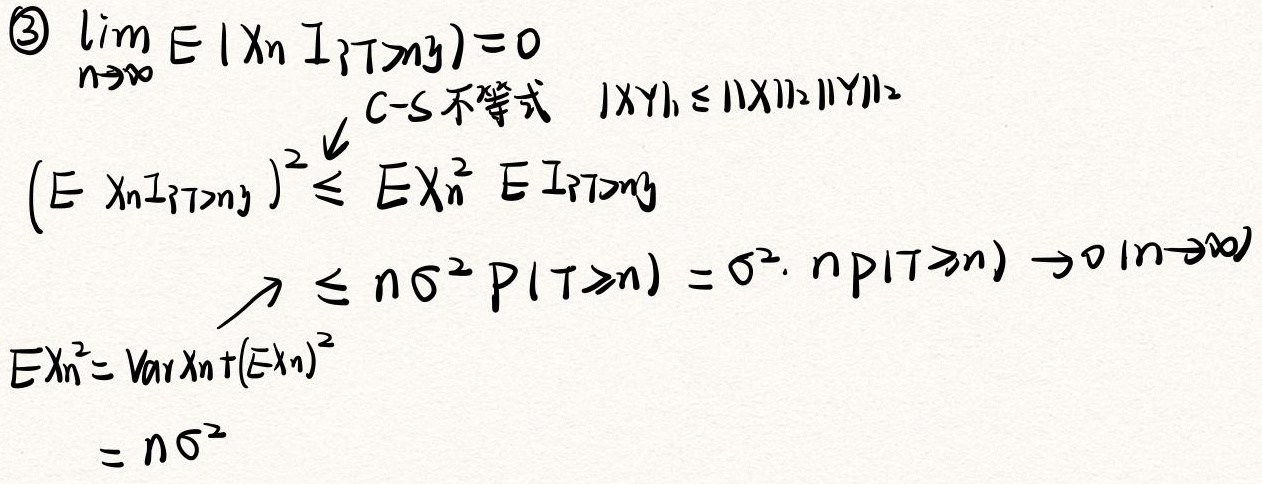
\begin{align*}
&\textcircled{3}\lim_{n\to\infty} E|X_n I_{\{T\geq n\}}| = 0\\
&\quad\quad\quad\quad\quad\quad\quad\quad C - S\text{不等式}\quad|XY|_1\leq||X||_2||Y||_2\\
&(E X_nI_{\{T\geq n\}})^2\leq E X_n^2 E I_{\{T\geq n\}}\\
&\quad\quad\quad\quad\quad\quad\quad\quad\quad\quad\quad\quad\quad\quad\quad\quad\quad\quad\quad\quad\quad\quad\quad\quad\quad\quad\quad\quad\quad\quad\quad\quad\quad\quad\quad\quad\quad\quad\quad\quad\quad\quad\quad\quad\quad\quad\quad\quad\quad\quad\quad\quad\quad\quad\quad\quad\quad\quad\quad\quad\quad\quad\quad\quad\quad\quad\quad\quad\quad\quad\quad\quad\quad\quad\quad\quad\quad\quad\quad\quad\quad\quad\quad\quad\quad\quad\quad\quad\quad\quad\quad\quad\quad\quad\quad\quad\quad\quad\quad\quad\quad\quad\quad\quad\quad\quad\quad\quad\quad\quad\quad\quad\quad\quad\quad\quad\quad\quad\quad\quad\quad\quad\quad\quad\quad\quad\quad\quad\quad\quad\quad\quad\quad\quad\quad\quad\quad\quad\quad\quad\quad\quad\quad\quad\quad\quad\quad\quad\quad\quad\quad\quad\quad\quad\quad\quad\quad\quad\quad\quad\quad\quad\quad\quad\quad\quad\quad\quad\quad\quad\quad\quad\quad\quad\quad\quad\quad\quad\quad\quad\quad\quad\quad\quad\quad\quad\quad\quad\quad\quad\quad\quad\quad\quad\quad\quad\quad\quad\quad\quad\quad\quad\quad\quad\quad\quad\quad\quad\quad\quad\quad\quad\quad\quad\quad\quad\quad\quad\quad\quad\quad\quad\quad\quad\quad\quad\quad\quad\quad\quad\quad\quad\quad\quad\quad\quad\quad\quad\quad\quad\quad\quad\quad\quad\quad\quad\quad\quad\quad\quad\quad\quad\quad\quad\quad\quad\quad\quad\quad\quad\quad\quad\quad\quad\quad\quad\quad\quad\quad\quad\quad\quad\quad\quad\quad\quad\quad\quad\quad\quad\quad\quad\quad\quad\quad\quad\quad\quad\quad\quad\quad\quad\quad\quad\quad\quad\quad\quad\quad\quad\quad\quad\quad\quad\quad\quad\quad\quad\quad\quad\quad\quad\quad\quad\quad\quad\quad\quad\quad\quad\quad\quad\quad\quad\quad\quad\quad\quad\quad\quad\quad\quad\quad\quad\quad\quad\quad\quad\quad\quad\quad\quad\quad\quad\quad\quad\quad\quad\quad\quad\quad\quad\quad\quad\quad\quad\quad\quad\quad\quad\quad\quad\quad\quad\quad\quad\quad\quad\quad\quad\quad\quad\quad\quad\quad\quad\quad\quad\quad\quad\quad\quad\quad\quad\quad\quad\quad\quad\quad\quad\quad\quad\quad\quad\quad\quad\quad\quad\quad\quad\quad\quad\quad\quad\quad\quad\quad\quad\quad\quad\quad\quad\quad\quad\quad\quad\quad\quad\quad\quad\quad\quad\quad\quad\quad\quad\quad\quad\quad\quad\quad\quad\quad\quad\quad\quad\quad\quad\quad\quad\quad\quad\quad\quad\quad\quad\quad\quad\quad\quad\quad\quad\quad\quad\quad\quad\quad\quad\quad\quad\quad\quad\quad\quad\quad\quad\quad\quad\quad\quad\quad\quad\quad\quad\quad\quad\quad\quad\quad\quad\quad\quad\quad\quad\quad\quad\quad\quad\quad\quad\quad\quad\quad\quad\quad\quad\quad\quad\quad\quad\quad\quad\quad\quad\quad\quad\quad\quad\quad\quad\quad\quad\quad\quad\quad\quad\quad\quad\quad\quad\quad\quad\quad\quad\quad\quad\quad\quad\quad\quad\quad\quad\quad\quad\quad\quad\quad\quad\quad\quad\quad\quad\quad\quad\quad\quad\quad\quad\quad\quad\quad\quad\quad\quad\quad\quad\quad\quad\quad\quad\quad\quad\quad\quad\quad\quad\quad\quad\quad\quad\quad\quad\quad\quad\quad\quad\quad\quad\quad\quad\quad\quad\quad\quad\quad\quad\quad\quad\quad\quad\quad\quad\quad\quad\quad\quad\quad\quad\quad\quad\quad\quad\quad\quad\quad\quad\quad\quad\quad\quad\quad\quad\quad\quad\quad\quad\quad\quad\quad\quad\quad\quad\quad\quad\quad\quad\quad\quad\quad\quad\quad\quad\quad\quad\quad\quad\quad\quad\quad\quad\quad\quad\quad\quad\quad\quad\quad\quad\quad\quad\quad\quad\quad\quad\quad\quad\quad\quad\quad\quad\quad\quad\quad\quad\quad\quad\quad\quad\quad\quad\quad\quad\quad\quad\quad\quad\quad\quad\quad\quad\quad\quad\quad\quad\quad\quad\quad\quad\quad\quad\quad\quad\quad\quad\quad\quad\quad\quad\quad\quad\quad\quad\quad\quad\quad\quad\quad\quad\quad\quad\quad\quad\quad\quad\quad\quad\quad\quad\quad\quad\quad\quad\quad\quad\quad\quad\quad\quad\quad\quad\quad\quad\quad\quad\quad\quad\quad\quad\quad\quad\quad\quad\quad\quad\quad\quad\quad\quad\quad\quad\quad\quad\quad\quad\quad\quad\quad\quad\quad\quad\quad\quad\quad\quad\quad\quad\quad\quad\quad\quad\quad\quad\quad\quad\quad\quad\quad\quad\quad\quad\quad\quad\quad\quad\quad\quad\quad\quad\quad\quad\quad\quad\quad\quad\quad\quad\quad\quad\quad\quad\quad\quad\quad\quad\quad\quad\quad\quad\quad\quad\quad\quad\quad\quad\quad\quad\quad\quad\quad\quad\quad\quad\quad\quad\quad\quad\quad\quad\quad\quad\quad\quad\quad\quad\quad\quad\quad\quad\quad\quad\quad\quad\quad\quad\quad\quad\quad\quad\quad\quad\quad\quad\quad\quad\quad\quad\quad\quad\quad\quad\quad\quad\quad\quad\quad\quad\quad\quad\quad\quad\quad\quad\quad\quad\quad\quad\quad\quad\quad\quad\quad\quad\quad\quad\quad\quad\quad\quad\quad\quad\quad\quad\quad\quad\quad\quad\quad\quad\quad\quad\quad\quad\quad\quad\quad\quad\quad\quad\quad\quad\quad\quad\quad\quad\quad\quad\quad\quad\quad\quad\quad\quad\quad\quad\quad\quad\quad\quad\quad\quad\quad\quad\quad\quad\quad\quad\quad\quad\quad\quad\quad\quad\quad\quad\quad\quad\quad\quad\quad\quad\quad\quad\quad\quad\quad\quad\quad\quad\quad\quad\quad\quad\quad\quad\quad\quad\quad\quad\quad\quad\quad\quad\quad\quad\quad\quad\quad\quad\quad\quad\quad\quad\quad\quad\quad\quad\quad\quad\quad\quad\quad\quad\quad\quad\quad\quad\quad\quad\quad\quad\quad\quad\quad\quad\quad\quad\quad\quad\quad\quad\quad\quad\quad\quad\quad\quad\quad\quad\quad\quad\quad\quad\quad\quad\quad\quad\quad\quad\quad\quad\quad\quad\quad\quad\quad\quad\quad\quad\quad\quad\quad\quad\quad\quad\quad\quad\quad\quad\quad\quad\quad\quad\quad\quad\quad\quad\quad\quad\quad\quad\quad\quad\quad\quad\quad\quad\quad\quad\quad\quad\quad\quad\quad\quad\quad\quad\quad\quad\quad\quad\quad\quad\quad\quad\quad\quad\quad\quad\quad\quad\quad\quad\quad\quad\quad\quad\quad\quad\quad\quad\quad\quad\quad\quad\quad\quad\quad\quad\quad\quad\quad\quad\quad\quad\quad\quad\quad\quad\quad\quad\quad\quad\quad\quad\quad\quad\quad\quad\quad\quad\quad\quad\quad\quad\quad\quad\quad\quad\quad\quad\quad\quad\quad\quad\quad\quad\quad\quad\quad\quad\quad\quad\quad\quad\quad\quad\quad\quad\quad\quad\quad\quad\quad\quad\quad\quad\quad\quad\quad\quad\quad\quad\quad\quad\quad\quad\quad\quad\quad\quad\quad\quad\quad\quad\quad\quad\quad\quad\quad\quad\quad\quad\quad\quad\quad\quad\quad\quad\quad\quad\quad\quad\quad\quad\quad\quad\quad\quad\quad\quad\quad\quad\quad\quad\quad\quad\quad\quad\quad\quad\quad\quad\quad\quad\quad\quad\quad\quad\quad\quad\quad\quad\quad\quad\quad\quad\quad\quad\quad\quad\quad\quad\quad\quad\quad\quad\quad\quad\quad\quad\quad\quad\quad\quad\quad\quad\quad\quad\quad\quad\quad\quad\quad\quad\quad\quad\quad\quad\quad\quad\quad\quad\quad\quad\quad\quad\quad\quad\quad\quad\quad\quad\quad\quad\quad\quad\quad\quad\quad\quad\quad\quad\quad\quad\quad\quad\quad\quad\quad\quad\quad\quad\quad\quad\quad\quad\quad\quad\quad\quad\quad\quad\quad\quad\quad\quad\quad\quad\quad\quad\quad\quad\quad\quad\quad\quad\quad\quad\quad\quad\quad\quad\quad\quad\quad\quad\quad\quad\quad\quad\quad\quad\quad\quad\quad\quad\quad\quad\quad\quad\quad\quad\quad\quad\quad\quad\quad\quad\quad\quad\quad\quad\quad\quad\quad\quad\quad\quad\quad\quad\quad\quad\quad\quad\quad\quad\quad\quad\quad\quad\quad\quad\quad\quad\quad\quad\quad\quad\quad\quad\quad\quad\quad\quad\quad\quad\quad\quad\quad\quad\quad\quad\quad\quad\quad\quad\quad\quad\quad\quad\quad\quad\quad\quad\quad\quad\quad\quad\quad\quad\quad\quad\quad\quad\quad\quad\quad\quad\quad\quad\quad\quad\quad\quad\quad\quad\quad\quad\quad\quad\quad\quad\quad\quad\quad\quad\quad\quad\quad\quad\quad\quad\quad\quad\quad\quad\quad\quad\quad\quad\quad\quad\quad\quad\quad\quad\quad\quad\quad\quad\quad\quad\quad\quad\quad\quad\quad\quad\quad\quad\quad\quad\quad\quad\quad\quad\quad\quad\quad\quad\quad\quad\quad\quad\quad\quad\quad\quad\quad\quad\quad\quad\quad\quad\quad\quad\quad\quad\quad\quad\quad\quad\quad\quad\quad\quad\quad\quad\quad\quad\quad\quad\quad\quad\quad\quad\quad\quad\quad\quad\quad\quad\quad\quad\quad\quad\quad\quad\quad\quad\quad\quad\quad\quad\quad\quad\quad\quad\quad\quad\quad\quad\quad\quad\quad\quad\quad\quad\quad\quad\quad\quad\quad\quad\quad\quad\quad\quad\quad\quad\quad\quad\quad\quad\quad\quad\quad\quad\quad\quad\quad\quad\quad\quad\quad\quad\quad\quad\quad\quad\quad\quad\quad\quad\quad\quad\quad\quad\quad\quad\quad\quad\quad\quad\quad\quad\quad\quad\quad\quad\quad\quad\quad\quad\quad\quad\quad\quad\quad\quad\quad\quad\quad\quad\quad\quad\quad\quad\quad\quad\quad\quad\quad\quad\quad\quad\quad\quad\quad\quad\quad\quad\quad\quad\quad\quad\quad\quad\quad\quad\quad\quad\quad\quad\quad\quad\quad\quad\quad\quad\quad\quad\quad\quad\quad\quad\quad\quad\quad\quad\quad\quad\quad\quad\quad\quad\quad\quad\quad\quad\quad\quad\quad\quad\quad\quad\quad\quad\quad\quad\quad\quad\quad\quad\quad\quad\quad\quad\quad\quad\quad\quad\quad\quad\quad\quad\quad\quad\quad\quad\quad\quad\quad\quad\quad\quad\quad\quad\quad\quad\quad\quad\quad\quad\quad\quad\quad\quad\quad\quad\quad\quad\quad\quad\quad\quad\quad\quad\quad\quad\quad\quad\quad\quad\quad\quad\quad\quad\quad\quad\quad\quad\quad\quad\quad\quad\quad\quad\quad\quad\quad\quad\quad\quad\quad\quad\quad\quad\quad\quad\quad\quad\quad\quad\quad\quad\quad\quad\quad\quad\quad\quad\quad\quad\quad\quad\quad\quad\quad\quad\quad\quad\quad\quad\quad\quad\quad\quad\quad\quad\quad\quad\quad\quad\quad\quad\quad\quad\quad\quad\quad\quad\quad\quad\quad\quad\quad\quad\quad\quad\quad\quad\quad\quad\quad\quad\quad\quad\quad\quad\quad\quad\quad\quad\quad\quad\quad\quad\quad\quad\quad\quad\quad\quad\quad\quad\quad\quad\quad\quad\quad\quad\quad\quad\quad\quad\quad\quad\quad\quad\quad\quad\quad\quad\quad\quad\quad\quad\quad\quad\quad\quad\quad\quad\quad\quad\quad\quad\quad\quad\quad\quad\quad\quad\quad\quad\quad\quad\quad\quad\quad\quad\quad\quad\quad\quad\quad\quad\quad\quad\quad\quad\quad\quad\quad\quad\quad\quad\quad\quad\quad\quad\quad\quad\quad\quad\quad\quad\quad\quad\quad\quad\quad\quad\quad\quad\quad\quad\quad\quad\quad\quad\quad\quad\quad\quad\quad\quad\quad\quad\quad\quad\quad\quad\quad\quad\quad\quad\quad\quad\quad\quad\quad\quad\quad\quad\quad\quad\quad\quad\quad\quad\quad\quad\quad\quad\quad\quad\quad\quad\quad\quad\quad\quad\quad\quad\quad\quad\quad\quad\quad\quad\quad\quad\quad\quad\quad\quad\quad\quad\